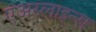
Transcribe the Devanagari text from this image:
एअरलाइन्‍स